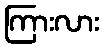
ကြားလား